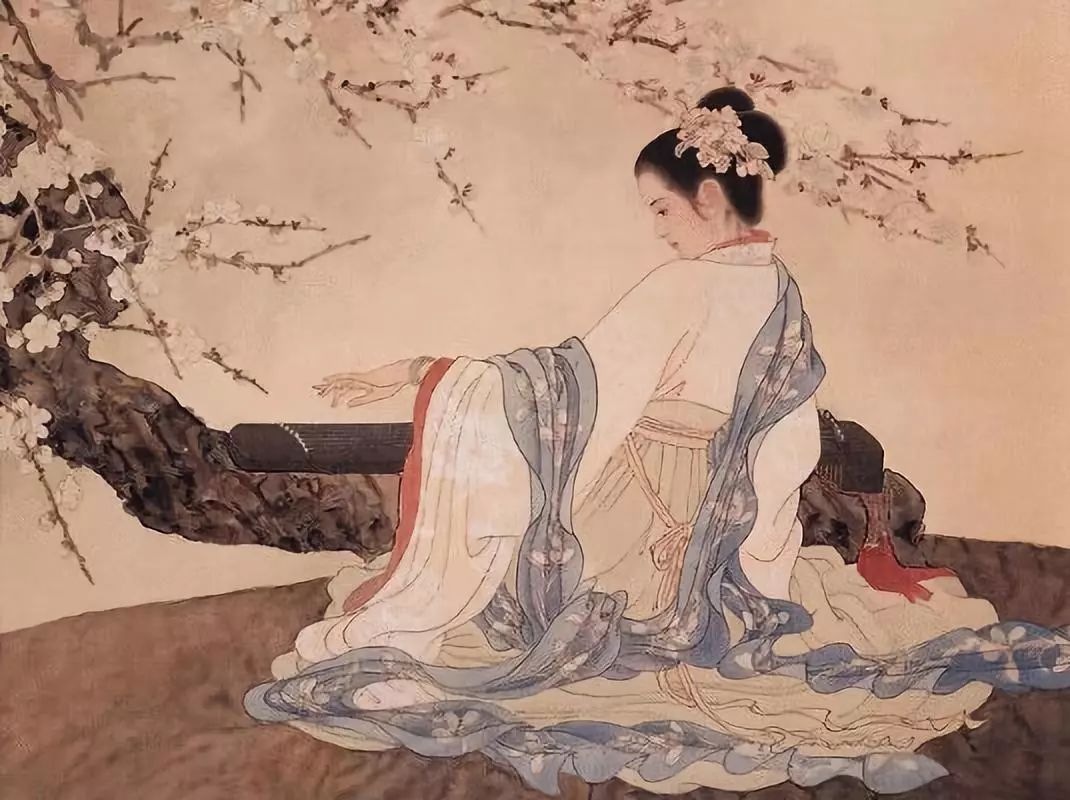
一点残红欲尽时。乍凉秋气满屏帏。